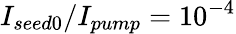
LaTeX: I_{seed0}/I_{pump}=10^{-4}